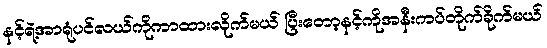
နင့်ရဲ့အာရုံပင်လယ်ကိုကာထားလိုက်မယ် ပြီးတော့နင့်ကိုအနီးကပ်တိုက်ခိုက်မယ်